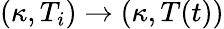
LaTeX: (\kappa,T_{i})\rightarrow(\kappa,T(t))